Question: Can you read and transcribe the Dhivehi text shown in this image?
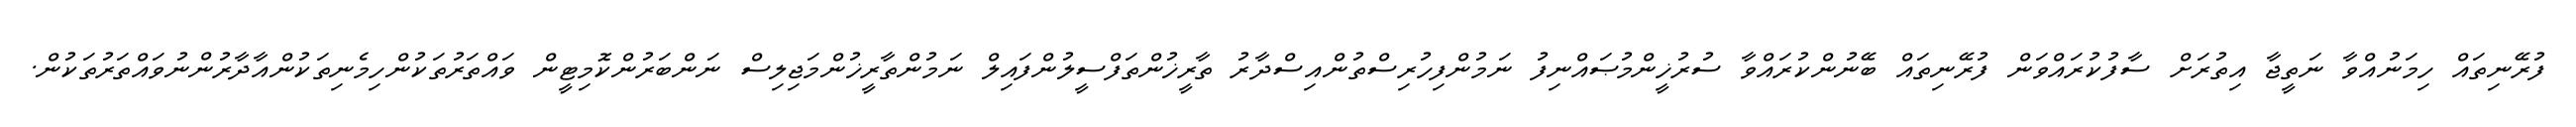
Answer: ފުރޭނިތައް ހިމަނުއްވާ ނަތީޖާ އިތުރަށް ސާފުކުރައްވަން ފުރޭނިތައް ބޭނުންކުރައްވާ ސުރުޚީންމުޞައްނިފު ނަމުންފިހުރިސްތުންއިސްދާރު ތާރީޚުންތަފްސީލުންފައިލް ނަމުންތާރީޚުންމަޖިލިސް ނަންބަރުންކޮމިޓީން ވައްތަރުތަކުންހިމެނިތަކުންއާދާރުންނުވައްތަރުތަކުން.